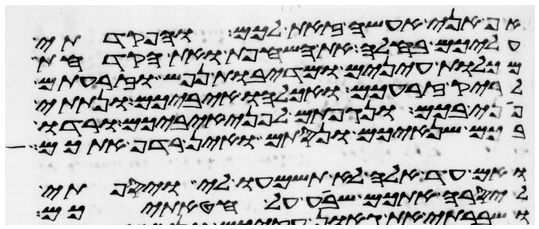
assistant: אף אני אעשה זאת לכם והפקדתי
עליכם בחלה את השחפת ואת הקדחת
מכלות עינים ומדיבת נפש וזרעתם
לריק זרעכם ואכלהו איביכם ונתתי
פני בכם ונגפתם לפני איביכם ורדו
בכם שנאיכם ונסתם ואין רדף אתכם
ואם עד אלה לא תשמעו לי ויספתי
ליסרה אתכם שבע על חטאתיכם